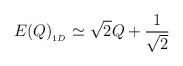
LaTeX: \begin{align*}E(Q)_{_{1D}}\simeq \sqrt{2}Q+{\frac{1}{\sqrt{2}}} \end{align*}